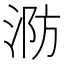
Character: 𭰤